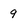
Character: 9